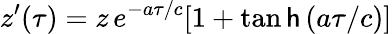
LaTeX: z^{\prime}(\tau)=z\, e^{-a\tau/c}[1+\operatorname{tan\mathsf{h}}{(a\tau/c)}]